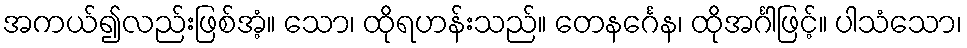
အကယ်၍လည်းဖြစ်အံ့။ သော၊ ထိုရဟန်းသည်။ တေနင်္ဂေန၊ ထိုအင်္ဂါဖြင့်။ ပါသံသော၊